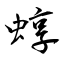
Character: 蜳